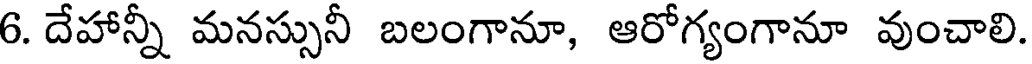
6. దేహాన్నీ మనస్సునీ బలంగానూ, ఆరోగ్యంగానూ వుంచాలి.